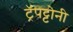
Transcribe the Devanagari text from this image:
ट्रॅपट्टोनी